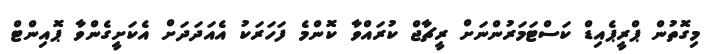
މިގޮތުން ޕްރީޕެއިޑް ކަސްޓަމަރުންނަށް ރީޗާޖް ކުރައްވާ ކޮންމެ ފަހަރަކު އެއަދަދަށް އެކަށީގެންވާ ޕޮއިންޓް